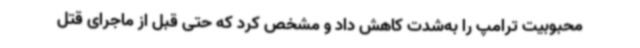
محبوبیت ترامپ را به‌شدت کاهش داد و مشخص کرد که حتی قبل از ماجرای قتل